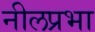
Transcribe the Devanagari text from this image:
नीलप्रभा